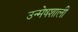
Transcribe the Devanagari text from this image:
उन्मेषशाली